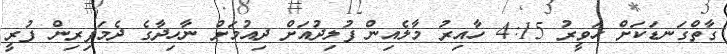
ގާތްގަނޑަކަށް ހަވީރު 4:15 ހާއިރު މާލެއިން ފުލިދުއަށް ދިއުމަށް ނާހިދާގެ ދެމަފިރިން ފުރީ